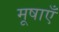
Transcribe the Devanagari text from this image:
मूषाएँ